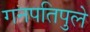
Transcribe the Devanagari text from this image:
गनपतिपुले